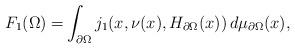
LaTeX: \begin{align*} F_1(\Omega)= & \int_{\partial \Omega} j_1(x,\nu(x),H_{\partial \Omega}(x)) \, d\mu_{\partial \Omega}(x),\end{align*}